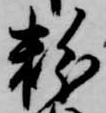
粉